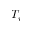
T _ { i }